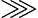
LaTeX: \ggg